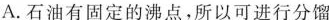
A.石油有固定的沸点，所以可进行分馏